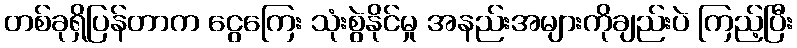
တစ်ခုရှိပြန်တာက ငွေကြေး သုံးစွဲနိုင်မှု အနည်းအများကိုချည်းပဲ ကြည့်ပြီး